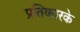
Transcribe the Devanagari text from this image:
प्रतिकारके